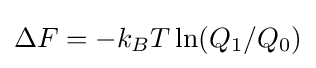
\Delta F=-k_{B}T\ln(Q_{1}/Q_{0})